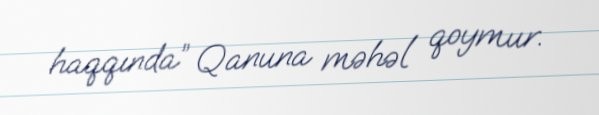
haqqında” Qanuna məhəl qoymur.